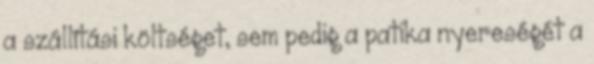
a szállítási költséget, sem pedig a patika nyereségét a